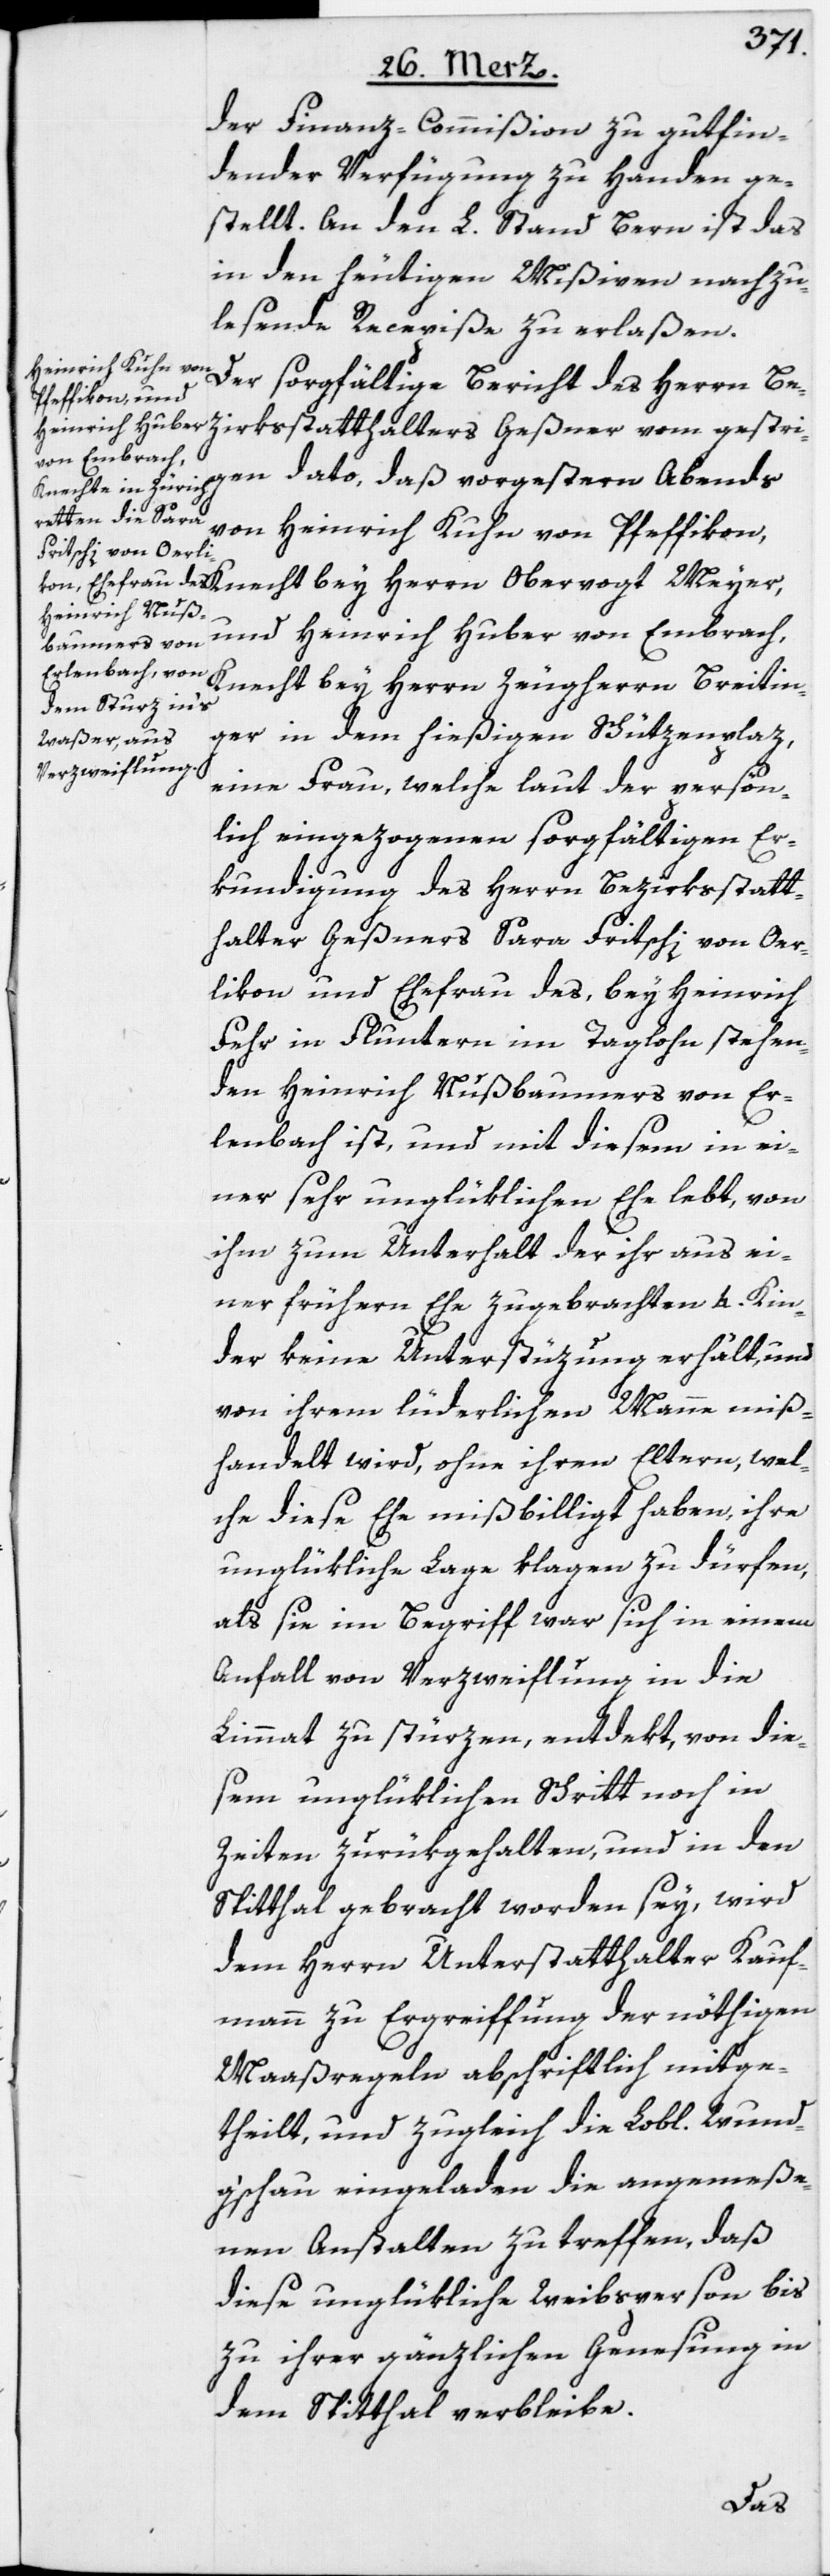
der Finanz-Commißion zu gutfin¬
dender Verfügung zu Handen ge¬
stellt. An den L. Stand Bern ist das
in den heutigen Mißiven nachzu¬
lesende Recepiße zu erlaßen.
Der sorgfältige Bericht des Herrn Be¬
zirksstatthalters Geßner vom gestri¬
gen dato, daß vorgestern Abends
von Heinrich Kuhn von Pfeffikon,
und Heinrich Huber von Embrach,
Knecht bey Herrn Zeugherrn Breitin¬
ger in dem hießigen Schützenplaz,
eine Frau, welche laut der persön¬
lich eingezogenen sorgfältigen Er¬
kundigung des Herrn Bezirksstatt¬
halter Geßners Sara Fritschi von Oer¬
likon und Ehefrau des, bey Heinrich
Fehr in Fluntern im Taglohn stehen¬
den Heinrich Nußbaumers von Er¬
lenbach ist, und mit diesem in ei¬
ner sehr unglüklichen Ehe lebt, von
ihm zum Unterhalt der ihr aus ei¬
ner frühern Ehe zugebrachten 4. Kin¬
der keine Unterstüzung erhält, und
von ihrem lüderlichen Manne miß¬
handelt wird, ohne ihren Eltern, wel¬
che diese Ehe mißbilligt haben, ihre
unglükliche Lage klagen zu dürfen,
als sie im Begriff war sich in einem
Anfall von Verzweiflung in die
Limmat zu stürzen, entdekt, von die¬
sem unglüklichen Schritt noch in
Zeiten zurükgehalten, und in den
Spitthal gebracht worden sey, wird
dem Herrn Unterstatthalter Kauf¬
mann zu Ergreiffung der nöthigen
Maaßregeln abschriftlich mitge¬
theilt, und zugleich die Lobl. Wund¬
g‘schau eingeladen die angemeße¬
nen Anstalten zu treffen, daß
diese unglükliche Weibsperson bis
zu ihrer gänzlichen Genesung in
dem Spitthal verbleibe.